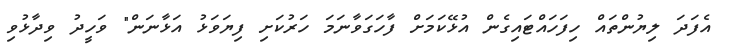
އެފަދަ ލިޔުންތައް ހިފަހައްޓައިގެން އުޅޭކަމަށް ފާހަގަވާނަމަ ހަރުކަށި ފިޔަވަޅު އަޅާނަން" ވަހީދު ވިދާޅުވި